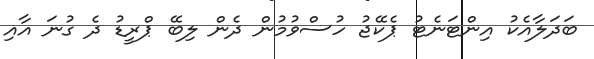
ބަދަލާއެކު އިންޓަނެޓު ޕެކޭޖު ހުސްވުމުން ދެން ލިބޭ ޕްރީޑު ދެ ގުނަ އާއި